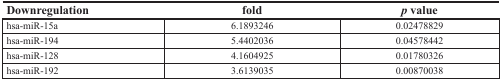
| Downregulation | fold | p value |
 | --- | --- | --- |
 | hsa-miR-15a | 6.1893246 | 0.02478829 |
 | hsa-miR-194 | 5.4402036 | 0.04578442 |
 | hsa-miR-128 | 4.1604925 | 0.01780326 |
 | hsa-miR-192 | 3.6139035 | 0.00870038 |